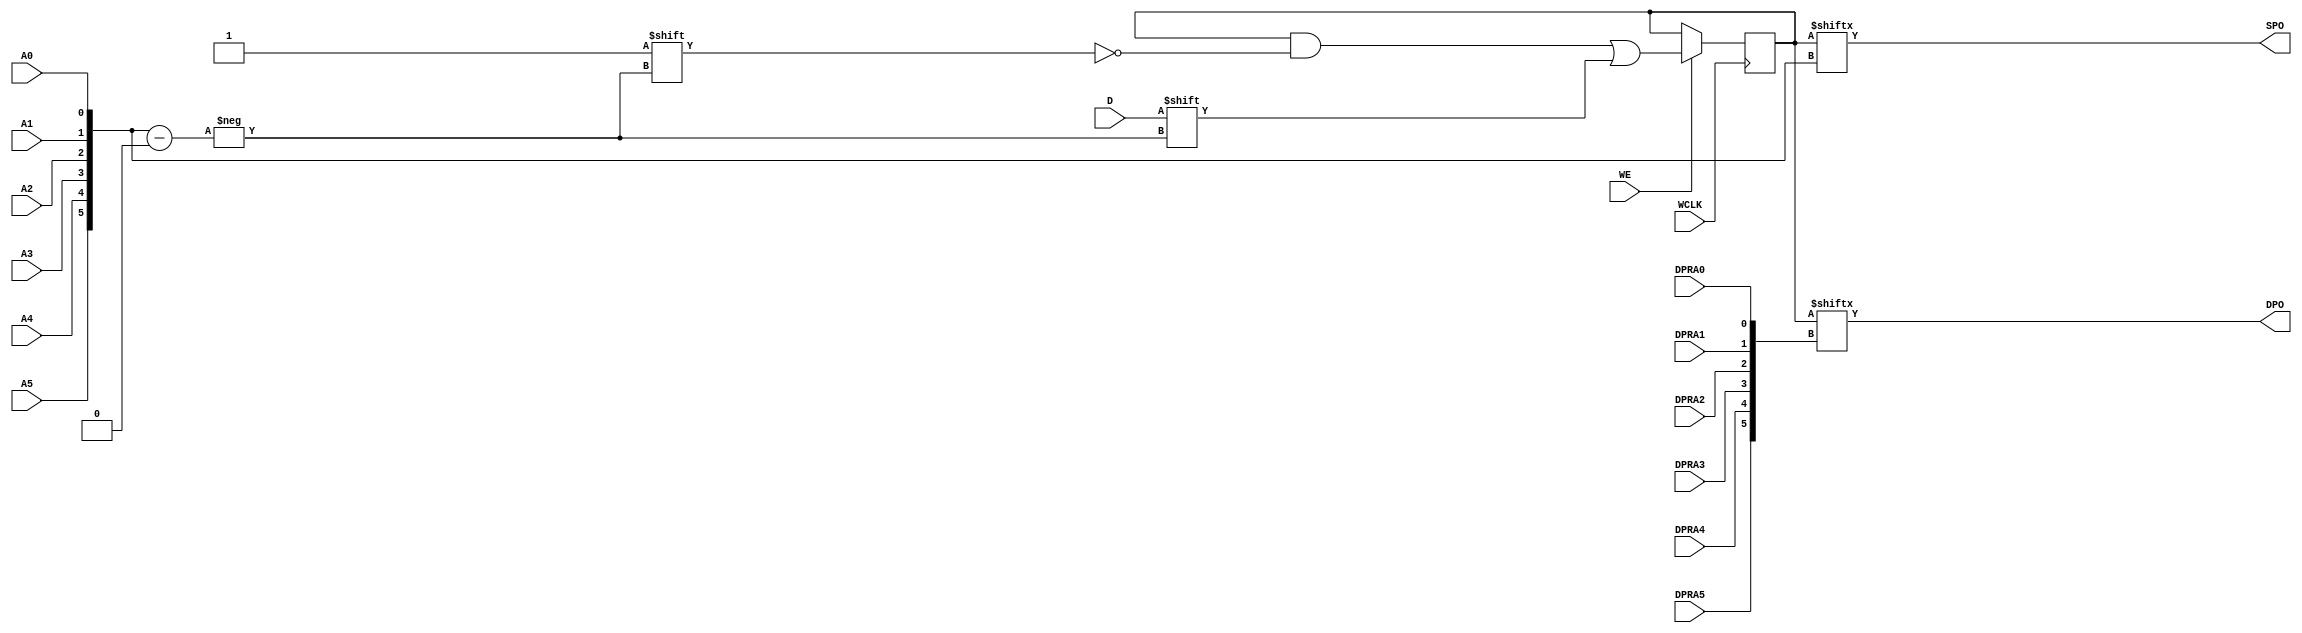
// $Header: /devl/xcs/repo/env/Databases/CAEInterfaces/verunilibs/data/unisims/RAM64X1D_1.v,v 1.8 2005/03/14 22:32:58 yanx Exp $
///////////////////////////////////////////////////////////////////////////////
// Copyright (c) 1995/2004 Xilinx, Inc.
// All Right Reserved.
///////////////////////////////////////////////////////////////////////////////
//   ____  ____
//  /   /\/   /
// /___/  \  /    Vendor : Xilinx
// \   \   \/     Version : 10.1
//  \   \         Description : Xilinx Functional Simulation Library Component
//  /   /                  Static Dual Port Synchronous RAM 64-Deep by 1-Wide
// /___/   /\     Filename : RAM64X1D_1.v
// \   \  /  \    Timestamp : Thu Mar 25 16:43:34 PST 2004
//  \___\/\___\
//
// Revision:
//    03/23/04 - Initial version.
//    02/04/05 - Rev 0.0.1 Remove input/output bufs; Remove for-loop in initial block;
// End Revision

`timescale  1 ps / 1 ps


module RAM64X1D_1 (DPO, SPO, A0, A1, A2, A3, A4, A5, D, DPRA0, DPRA1, DPRA2, DPRA3, DPRA4, DPRA5, WCLK, WE);

    parameter INIT = 64'h0000000000000000;

    output DPO, SPO;

    input  A0, A1, A2, A3, A4, A5, D, DPRA0, DPRA1, DPRA2, DPRA3, DPRA4, DPRA5, WCLK, WE;

    reg  [63:0] mem;
    wire [5:0] adr;

    assign adr = {A5, A4, A3, A2, A1, A0};
    assign SPO = mem[adr];
    assign DPO = mem[{DPRA5, DPRA4, DPRA3, DPRA2, DPRA1, DPRA0}];

    initial 
        mem = INIT;

    always @(negedge WCLK) 
        if (WE == 1'b1)
            mem[adr] <= #100 D;

endmodule